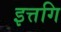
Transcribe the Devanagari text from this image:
इत्तगि